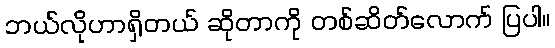
ဘယ်လိုဟာရှိတယ် ဆိုတာကို တစ်ဆိတ်လောက် ပြပါ။